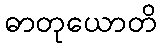
ဓာတုယောတိ